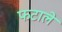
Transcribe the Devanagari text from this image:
फटाले